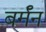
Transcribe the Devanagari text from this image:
बर्मॅन